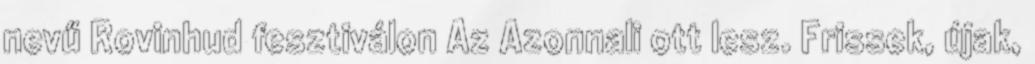
nevű Rovinhud fesztiválon Az Azonnali ott lesz. Frissek, újak,